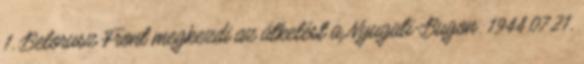
1. Belorusz Front megkezdi az átkelést a Nyugati-Bugon. 1944.07.21.